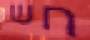
חש